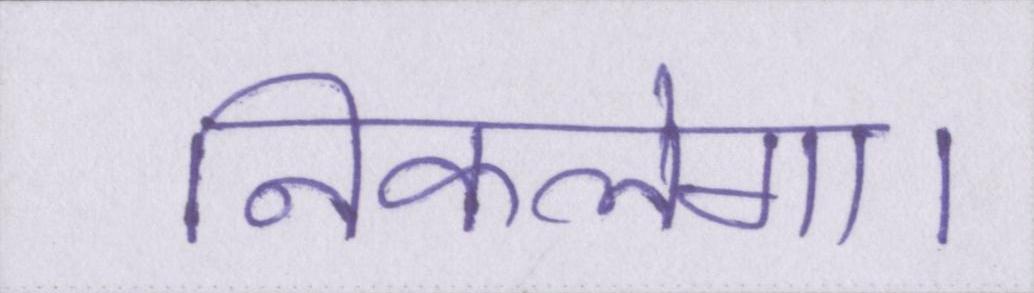
निकलेगा।